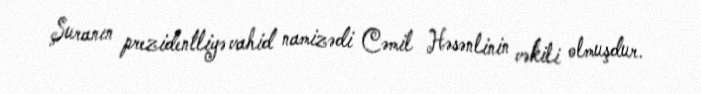
Şuranın prezidentliyə vahid namizədi Cəmil Həsənlinin vəkili olmuşdur.